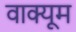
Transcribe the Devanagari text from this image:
वाक्यूम